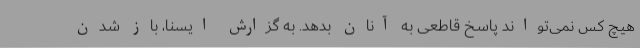
هیچ کس نمی‌تواند پاسخ قاطعی به آنان بدهد. به گزارش ایسنا، باز شدن